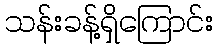
သန်းခန့်ရှိကြောင်း